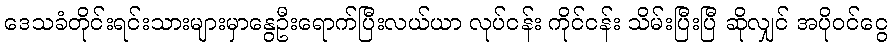
ဒေသခံတိုင်းရင်းသားများမှာနွေဦးရောက်ပြီးလယ်ယာ လုပ်ငန်း ကိုင်ငန်း သိမ်းပြီးပြီ ဆိုလျှင် အပိုဝင်ငွေ